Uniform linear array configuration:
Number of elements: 32
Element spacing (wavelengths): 0.75
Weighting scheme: cosine
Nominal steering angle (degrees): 45
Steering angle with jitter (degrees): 44.266
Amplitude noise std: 0.05
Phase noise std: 0.05

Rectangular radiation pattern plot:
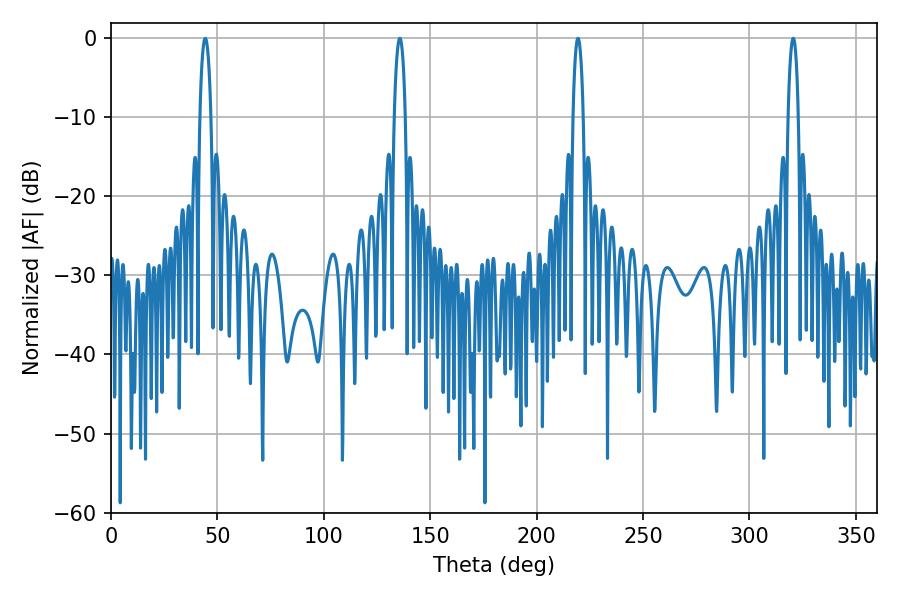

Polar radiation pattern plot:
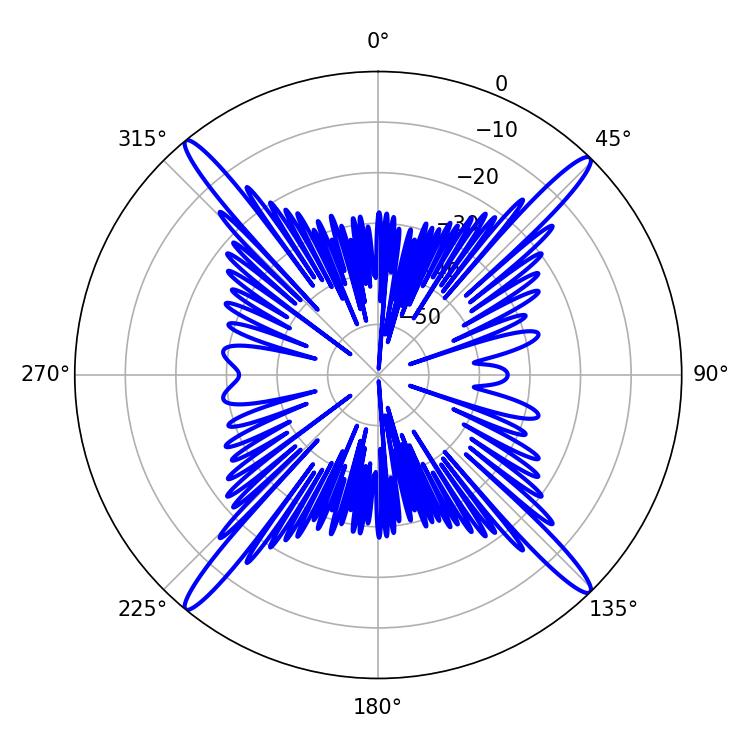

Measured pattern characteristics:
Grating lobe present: TRUE
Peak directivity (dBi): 22.004
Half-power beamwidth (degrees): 2.88
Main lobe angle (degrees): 44.28